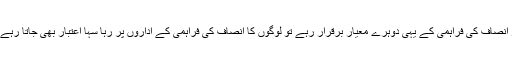
اگر انصاف کی فراہمی کے یہی دوہرے معیار برقرار رہے تو لوگوں کا انصاف کی فراہمی کے اداروں پر رہا سہا اعتبار بھی جاتا رہے گا۔